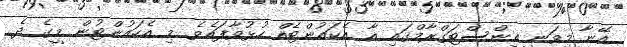
އޭނާ މިވަނީ އިންސްޓަގްރާމްގައި އާ އެކައުންޓެއް ހުޅުވާފައެވެ. މި އެކައުންޓުން މީގެ ދެ